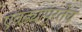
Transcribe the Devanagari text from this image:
एवढ्यापुरतेच